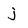
Character: j